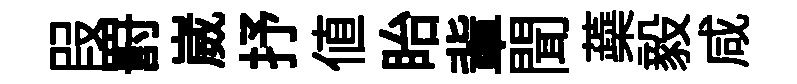
叚罸崴抒值眙軰聞蘃毅咸